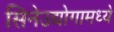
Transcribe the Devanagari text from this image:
सिनेउद्योगामध्ये